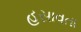
હસાવતા